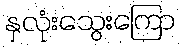
နှလုံးသွေးကြော